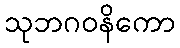
သုဘဂဝနိကော